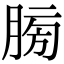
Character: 𦜶